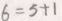
6 = 5 + 1